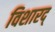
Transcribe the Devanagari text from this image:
विशारद्